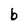
Character: b